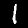
Label: 1